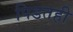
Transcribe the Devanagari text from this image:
पिडतही